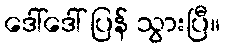
ဒေါ်ဒေါ် ပြန် သွားပြီ။